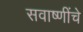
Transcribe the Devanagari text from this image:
सवाष्णींचे